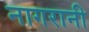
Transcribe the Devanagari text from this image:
नागरानी